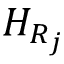
H _ { R _ { j } }